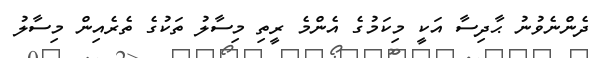
ދެންނެވުނު ޙާދިސާ އަކީ މިކަމުގެ އެންމެ ރީތި މިސާލު ތަކުގެ ތެރެއިން މިސާލު